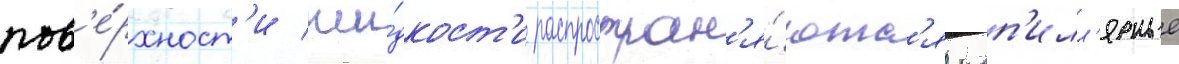
пов'е́рхност'и жи́дкост'и распростран'я́ютс'я кап'илл'ярные